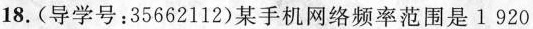
18.(导学号：35662112)某手机网络频率范围是1920